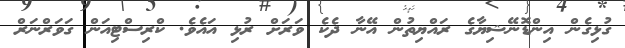
ގުޅިގެން އިންޑޮނޭޝިޔާގެ ރައްޔިތުން އޭނާ ދެކެ ވަރަށް ރުޅި އައެވެ. ކްރިސްޓިއަން ގަވަރްނަރް